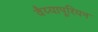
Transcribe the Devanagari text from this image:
वैय्यापूरियन